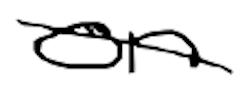
Text: on
Cross-out: diagonal
Writing tool: digital_black